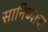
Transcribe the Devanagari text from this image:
सानिध्याचा